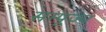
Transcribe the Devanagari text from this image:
सम्पूज्य